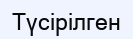
Түсірілген